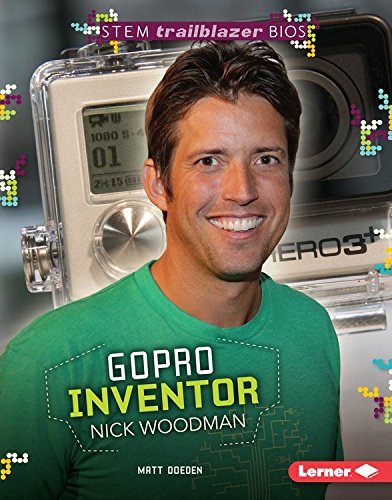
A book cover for Gopro Inventor Nick Woodman (STEM Trailblazer Bios); Matt Doeden; Children's Books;